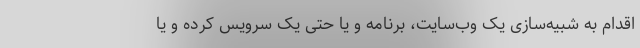
اقدام به شبیه‌سازی یک وب‌سایت، برنامه و یا حتی یک سرویس کرده و یا